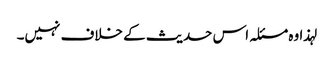
لہذا وہ مسئلہ اس حدیث کے خلاف نہیں۔